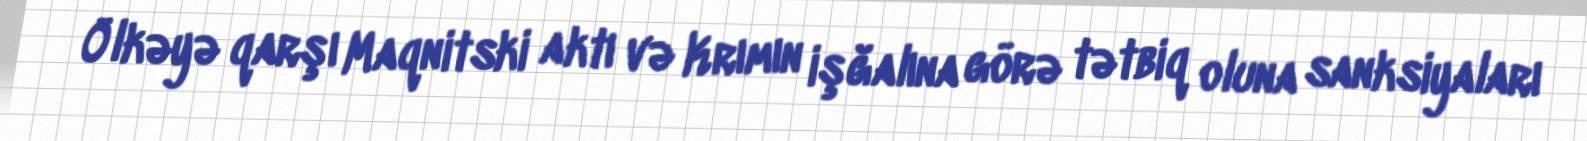
Ölkəyə qarşı Maqnitski aktı və Krımın işğalına görə tətbiq oluna sanksiyaları